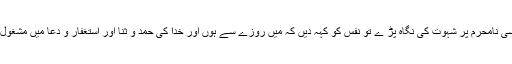
جونہی کسی نامحرم پر شہوت کی نگاہ پڑ ے تو نفس کو کہہ دیں کہ میں روزے سے ہوں اور خدا کی حمد و ثنا اور استغفار و دعا میں مشغول ہوجائیں ۔